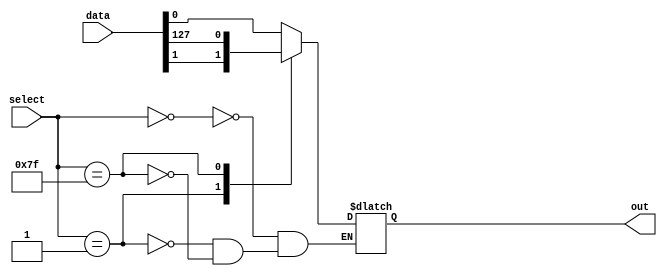
module mux_128to1(
    input [127:0] data,       // 128 input signals
    input [6:0] select,       // Selection control signal
    output reg out            // Output signal
);

always @* begin
    case(select)
        7'b0000000: out = data[0];
        7'b0000001: out = data[1];
        // Add more cases for the remaining input signals
        // ...
        7'b1111111: out = data[127];
    endcase
end

endmodule